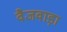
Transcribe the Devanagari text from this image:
वैजवाड़ा